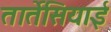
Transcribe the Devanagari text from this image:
तार्तेसियाई